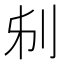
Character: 𠛔